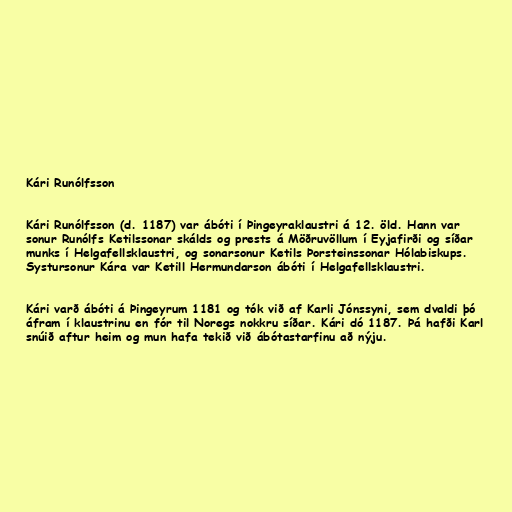
Kári Runólfsson

Kári Runólfsson (d. 1187) var ábóti í Þingeyraklaustri á 12. öld. Hann var
sonur Runólfs Ketilssonar skálds og prests á Möðruvöllum í Eyjafirði og síðar
munks í Helgafellsklaustri, og sonarsonur Ketils Þorsteinssonar Hólabiskups.
Systursonur Kára var Ketill Hermundarson ábóti í Helgafellsklaustri.

Kári varð ábóti á Þingeyrum 1181 og tók við af Karli Jónssyni, sem dvaldi þó
áfram í klaustrinu en fór til Noregs nokkru síðar. Kári dó 1187. Þá hafði Karl
snúið aftur heim og mun hafa tekið við ábótastarfinu að nýju.